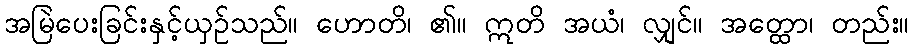
အမြဲပေးခြင်းနှင့်ယှဉ်သည်။ ဟောတိ၊ ၏။ ဣတိ အယံ၊ လျှင်။ အတ္ထော၊ တည်း။